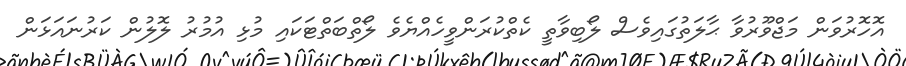
އޮހޮރުވަން މަޖްވޫރުވާ ޙާލަތުގައިވެސް ލޯބިވާތީ ކެތްކުރަންވީހެއްޔެވެ ލޯތްބަތްޓަކައި މުޅި އުމުރު ލޮލުން ކަރުނައަޅަން